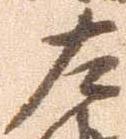
左